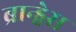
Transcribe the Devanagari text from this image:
ब्रान्ड्वेस